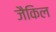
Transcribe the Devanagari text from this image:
जैकिल